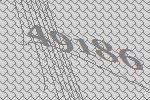
49186